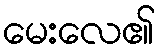
မေးလေ၏